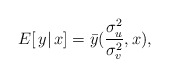
\begin{align*}E[\, y|\,x]=\bar y(\frac{\sigma_u^2}{\sigma_v^2},x),\end{align*}